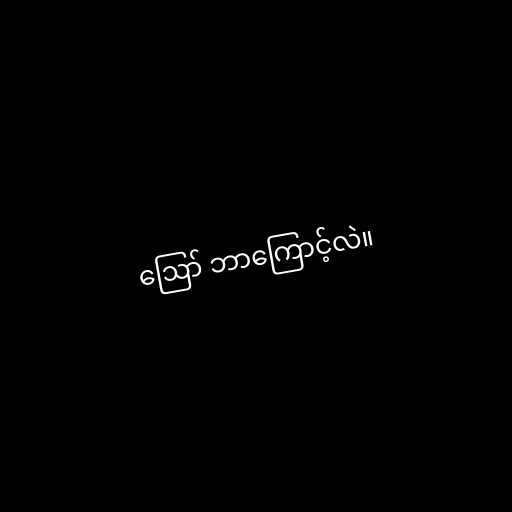
ဪ ဘာကြောင့်လဲ။